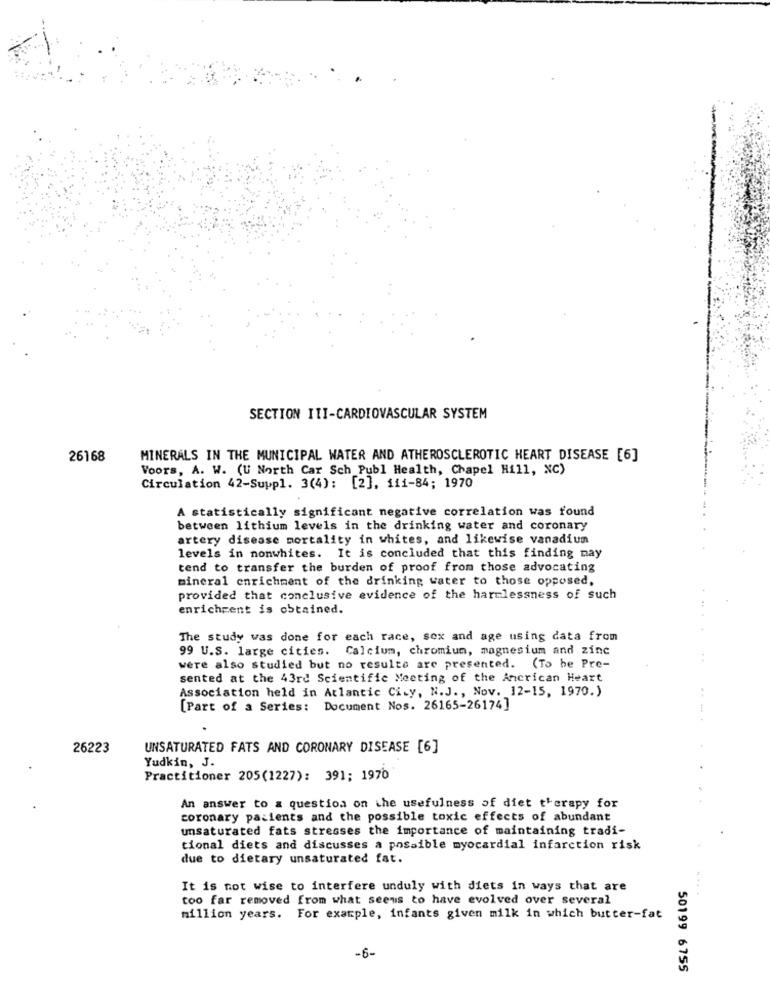
SECTION ITI-CARDIOVASCULAR SYSTEM
26168
MINERALS IN THE MUNICIPAL WATER AND ATHEROSCLEROTIC HEART DISEASE [6]
Voors, A. W. (U North Car Sch Publ Health, Chapel Hill, NC)
Circulation 42-Suppl. 3(4): [2], 111-84; 1970
A statistically significant negative correlation was found
between lithium levels in the drinking water and coronary
artery disease mortality in whites, and likewise vanadium
levels in nonwhites. It is concluded that this finding nay
tend to transfer the burden of proof from those advocating
mineral enrichment of the drinking water to those opposed,
provided that conclusive evidence of the harmlessness of such
enrichment is obtained.
The study was done for each race, sex and age using data from
99 U.S. large cities. Calcium, chromium, magnesium and zinc
were also studied but no results are presented. (To be Pre-
sented at the 43rd Scientific Meeting of the Ancrican Heart
Association held in Atlantic City, N.J ., Nov. 12-15, 1970.)
[Part of a Series: Document Nos. 26165-26174]
26223
UNSATURATED FATS AND CORONARY DISEASE [6]
Yudkin, J.
Practitioner 205(1227): 391; 1976
An answer to a question on the usefulness of diet therapy for
coronary patients and the possible toxic effects of abundant
unsaturated fats stresses the importance of maintaining tradi-
tional diets and discusses a possible myocardial infarction risk
due to dietary unsaturated fat.
It is not wise to interfere unduly with diets in ways that are
too far removed from what seems to have evolved over several
million years. For example, infants given milk in which butter-fat
-6-
50199 6755